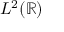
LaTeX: L ^ { 2 } ( \mathbb { R } )